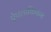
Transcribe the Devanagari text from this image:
ऐपलाकियन्स